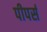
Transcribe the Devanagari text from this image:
पीपर्स